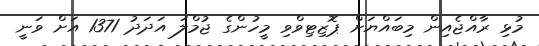
މުޅި ރާއްޖެއިން މިބައްޔަށް ޕޮޒިޓިވްވި މީހުންގެ ޖުމްލަ އަދަދު 1371 އަށް ވަނީ